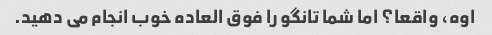
اوه، واقعا؟ اما شما تانگو را فوق العاده خوب انجام می دهید.